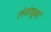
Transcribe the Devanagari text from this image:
लेनोट्यूबर्स